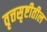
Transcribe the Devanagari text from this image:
वृत्तसृष्टीतील